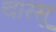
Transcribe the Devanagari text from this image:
चारसू